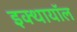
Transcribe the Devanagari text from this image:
इक्थायॉल